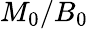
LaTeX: M_{0}/B_{0}